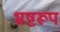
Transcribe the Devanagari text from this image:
भ्रष्टरूप